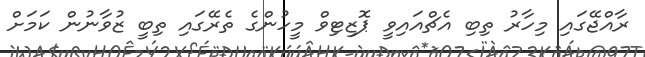
ރާއްޖޭގައި މިހާރު ތިބި އެޗްއައިވީ ޕޮޒިޓިވް މީހުންގެ ތެރޭގައި ތިބީ ޒުވާނުން ކަމަށް